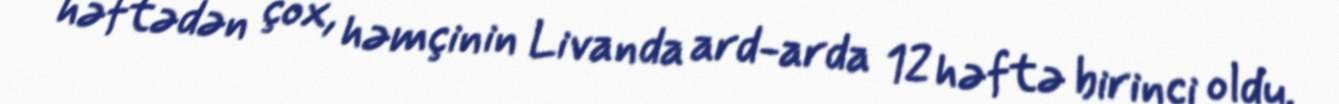
həftədən çox, həmçinin Livanda ard-arda 12 həftə birinci oldu.